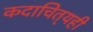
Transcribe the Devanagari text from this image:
कदाचित्‌यही